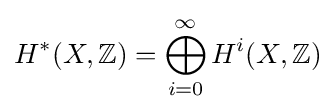
H^{*}(X,\mathbb {Z} )=\bigoplus _{i=0}^{\infty }H^{i}(X,\mathbb {Z} )